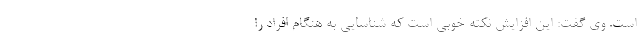
است. وی گفت: این افزایش نکته‌ خوبی است که شناسایی به هنگام افراد را